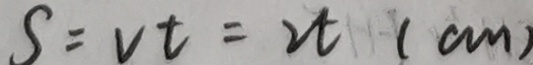
S = v t = 2 t ( c m )